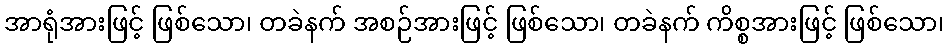
အာရုံအားဖြင့် ဖြစ်သော၊ တခဲနက် အစဉ်အားဖြင့် ဖြစ်သော၊ တခဲနက် ကိစ္စအားဖြင့် ဖြစ်သော၊